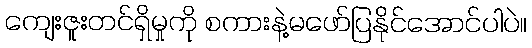
ကျေးဇူးတင်ရှိမှုကို စကားနဲ့မဖော်ပြနိုင်အောင်ပါပဲ။